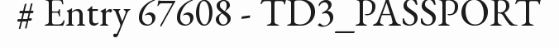
# Entry 67608 - TD3_PASSPORT